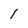
Character: 1